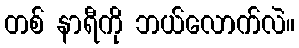
တစ် နာရီကို ဘယ်လောက်လဲ။